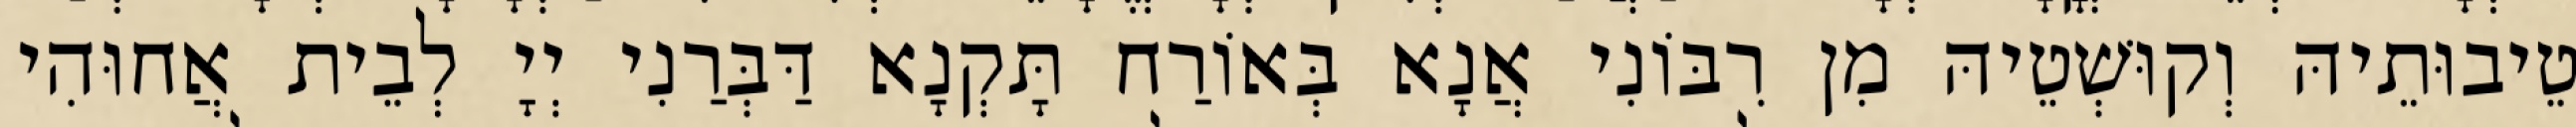
טֵיבוּתֵיהּ וְקוּשְׁטֵיהּ מִן רִבּוֹנִי אֲנָא בְּאוֹרַח תָּקְנָא דַּבְּרַנִי יְיָ לְבֵית אֲחוּהִי